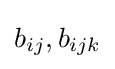
b_{ij},b_{ijk}